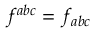
f ^ { a b c } = f _ { a b c }